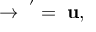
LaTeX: { \bf { \Psi } } \rightarrow { \bf { \Psi } } ^ { ' } = { \bf { \Psi } } { \bf u } ,